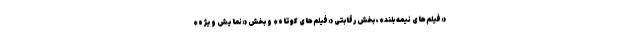
«فیلم‌های نیمه بلند»، بخش رقابتی «فیلم‌های کوتاه» و بخش «نمایش ویژه»